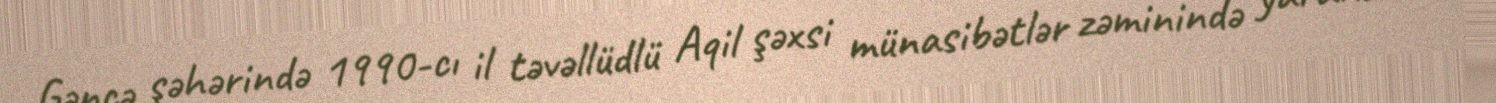
Gəncə şəhərində 1990-cı il təvəllüdlü Aqil şəxsi münasibətlər zəminində yaranan